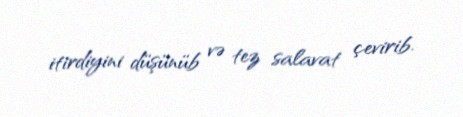
itirdiyini düşünüb və tez salavat çevirib.